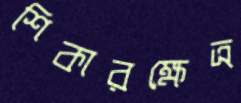
শিকারক্ষেত্র